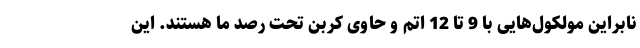
نابراین مولکول‌هایی با 9 تا 12 اتم و حاوی کربن تحت رصد ما هستند. این